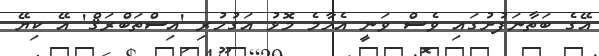
އޭގެ ބަތާނަފުށުގައި ވެސް ވަނީ އެހާމެ މޮޅު އަގުހުރި 'އިސްތަބްރަޤް' އޭ ކިޔޭ